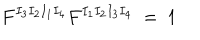
LaTeX: F ^ { I _ { 3 } I _ { 2 } I _ { 1 } I _ { 4 } } F ^ { I _ { 1 } I _ { 2 } I _ { 3 } I _ { 4 } } \ = \ 1 \